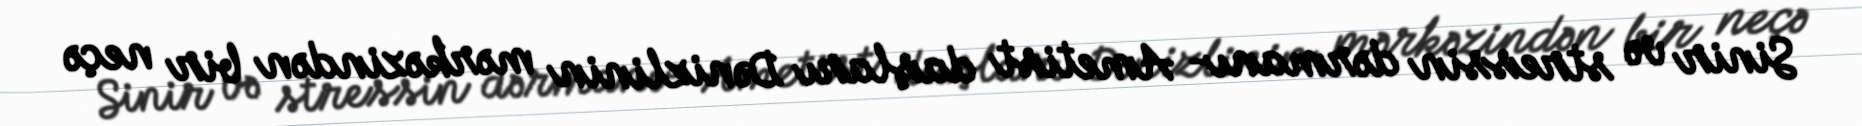
Sinir və stressin dərmanı- Ametist daşları Dənizlinin mərkəzindən bir neçə